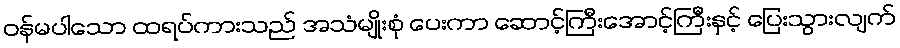
ဝန်မပါသော ထရပ်ကားသည် အသံမျိုးစုံ ပေးကာ ဆောင့်ကြီးအောင့်ကြီးနှင့် ပြေးသွားလျက်